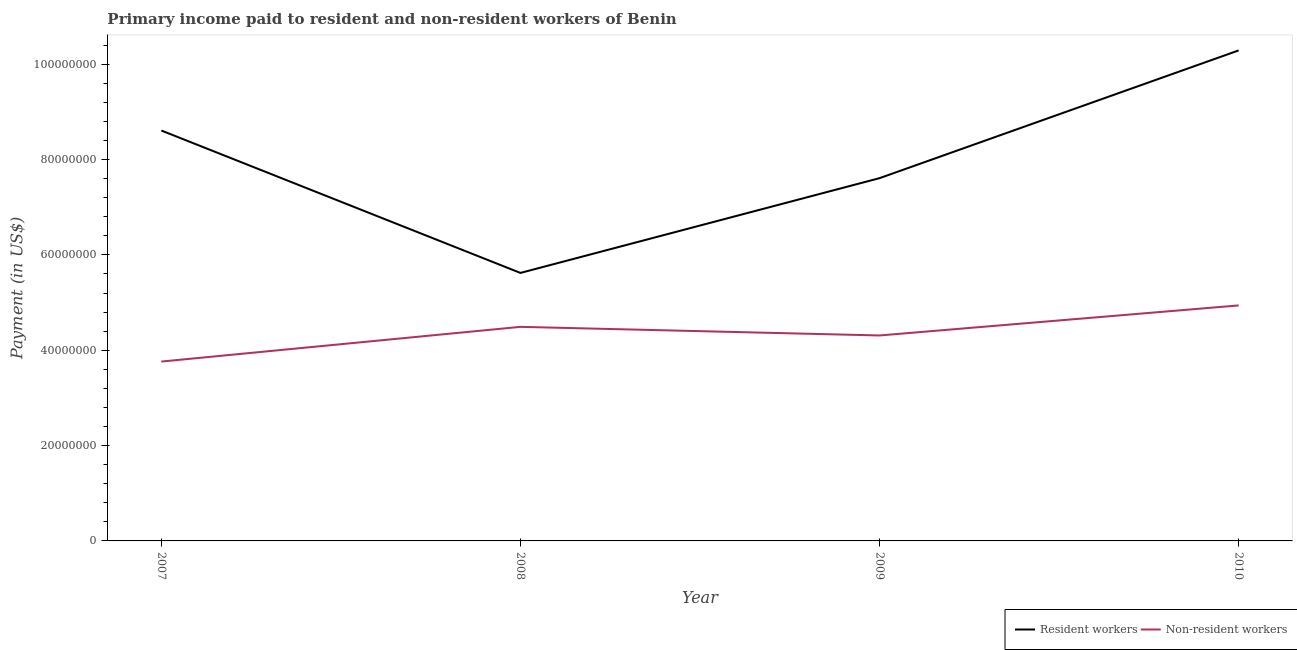
| Year | Resident workers | Non-resident workers |
 | --- | --- | --- |
 | 2007 | 8.61e+07 | 3.76e+07 |
 | 2008 | 5.62e+07 | 4.49e+07 |
 | 2009 | 7.61e+07 | 4.31e+07 |
 | 2010 | 1.03e+08 | 4.94e+07 |